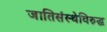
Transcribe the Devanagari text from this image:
जातिसंस्थेविरुद्ध